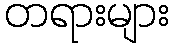
တရားများ